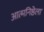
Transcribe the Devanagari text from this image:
आत्मनिष्ठेला